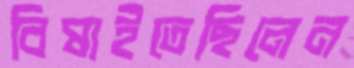
বিষাইতেছিলেন